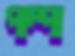
পাম্পা